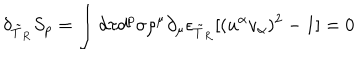
LaTeX: \delta _ { \tilde { T } _ { R } } S _ { p } = \int d \tau d ^ { p } \sigma \rho ^ { \mu } \partial _ { \mu } \epsilon _ { \tilde { T } _ { R } } [ ( u ^ { \alpha } v _ { \alpha } ) ^ { 2 } - 1 ] = 0